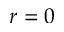
r = 0